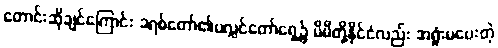
တောင်းဆိုချင်ကြောင်း ခရစ်တော်၏ပလ္လင်တော်ရှေ့၌ မိမိတို့နိုင်ငံလည်း အရှုံးမပေးတဲ့